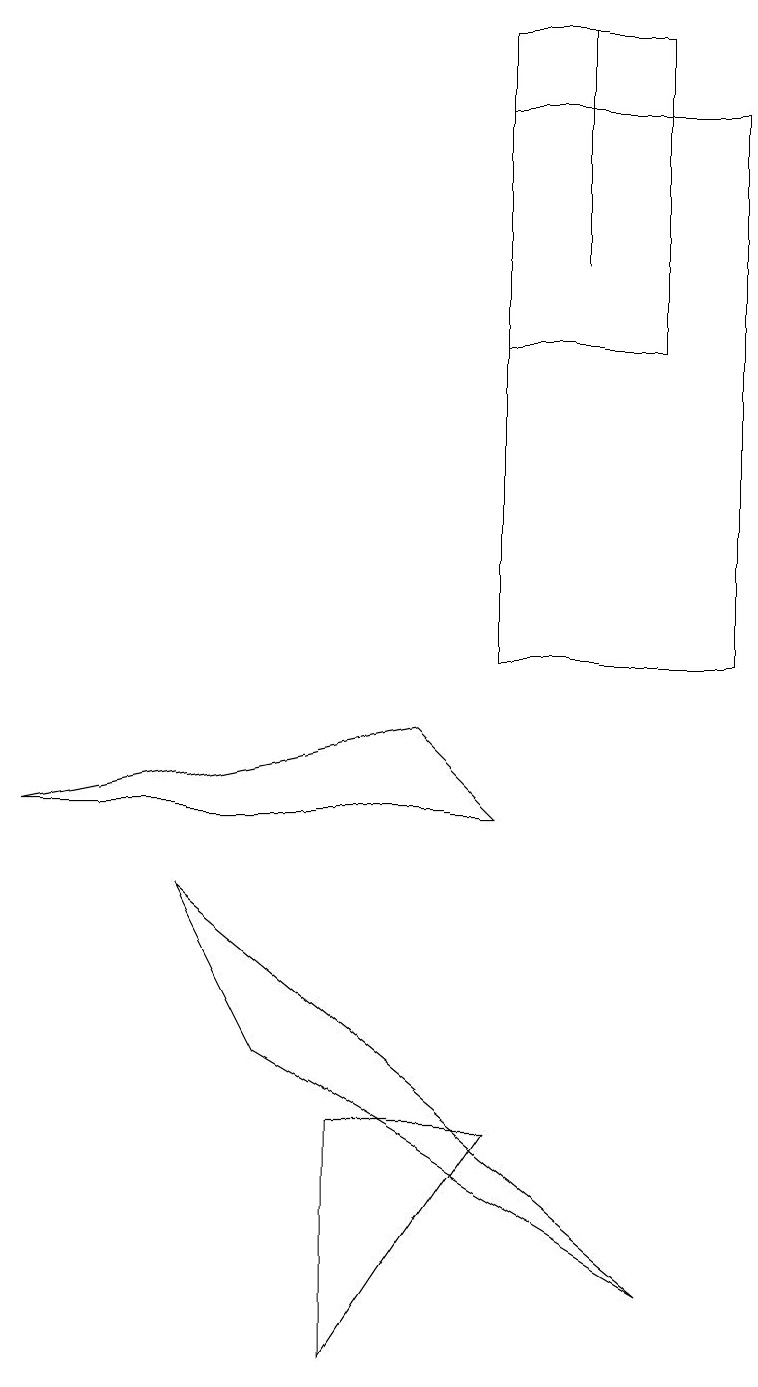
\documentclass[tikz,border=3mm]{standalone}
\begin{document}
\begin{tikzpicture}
\draw (0,8) -- (5,9) -- (6,8) -- cycle;
\draw (7,15) rectangle (7,18);
\draw (4,4) -- (6,4) -- (4,1) -- cycle;
\draw (6,10) rectangle (9,17);
\draw (3,5) -- (2,7) -- (8,2) -- cycle;
\draw (8,18) rectangle (6,14);
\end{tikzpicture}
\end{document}